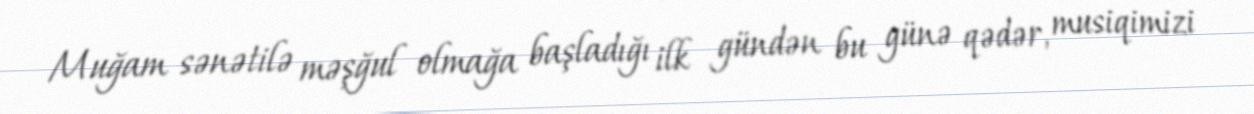
Muğam sənətilə məşğul olmağa başladığı ilk gündən bu günə qədər, musiqimizi